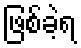
ဖြစ်ခဲ့ရ